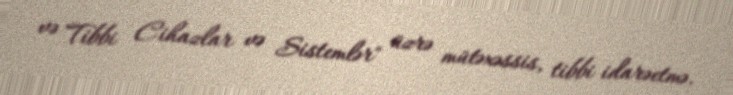
və Tibbi Cihazlar və Sistemlər" üzrə mütəxəssis, tibbi idarəetmə.